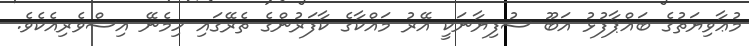
މުޢާވިޔަތުގެ ބައްޕާފުޅު އަބޫ ސުފިޔާނަކީ އޭރު މައްކާގެ ކާފަރުންގެ ތެރޭގައި ހިމެނޭ އިސްވެރިއެކެވެ.